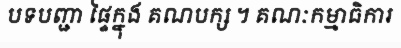
បទបញ្ជា ផ្ទៃក្នុង គណបក្ស ។ គណៈកម្មាធិការ